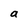
Character: a